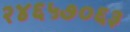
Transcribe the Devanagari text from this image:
२४६५७०६३